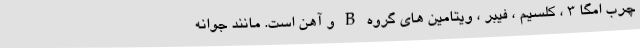
چرب امگا 3 ، کلسیم ، فیبر ، ویتامین های گروه B و آهن است. مانند جوانه